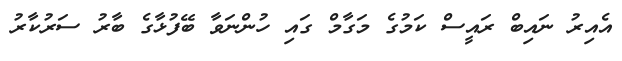
އެއިރު ނައިބް ރައީސް ކަމުގެ މަގާމް ގައި ހުންނަވާ ބޭފުޅާގެ ބާރު ސަރުކާރު